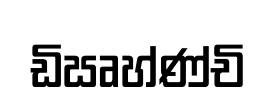
ඩිඍහ්ණ්චි